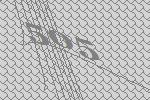
505